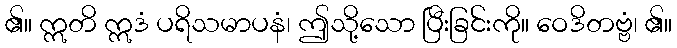
၏။ ဣတိ ဣဒံ ပရိသမာပနံ၊ ဤသို့သော ပြီးခြင်းကို။ ဝေဒိတဗ္ဗံ၊ ၏။